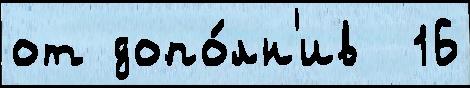
от допо́лн'ив  16